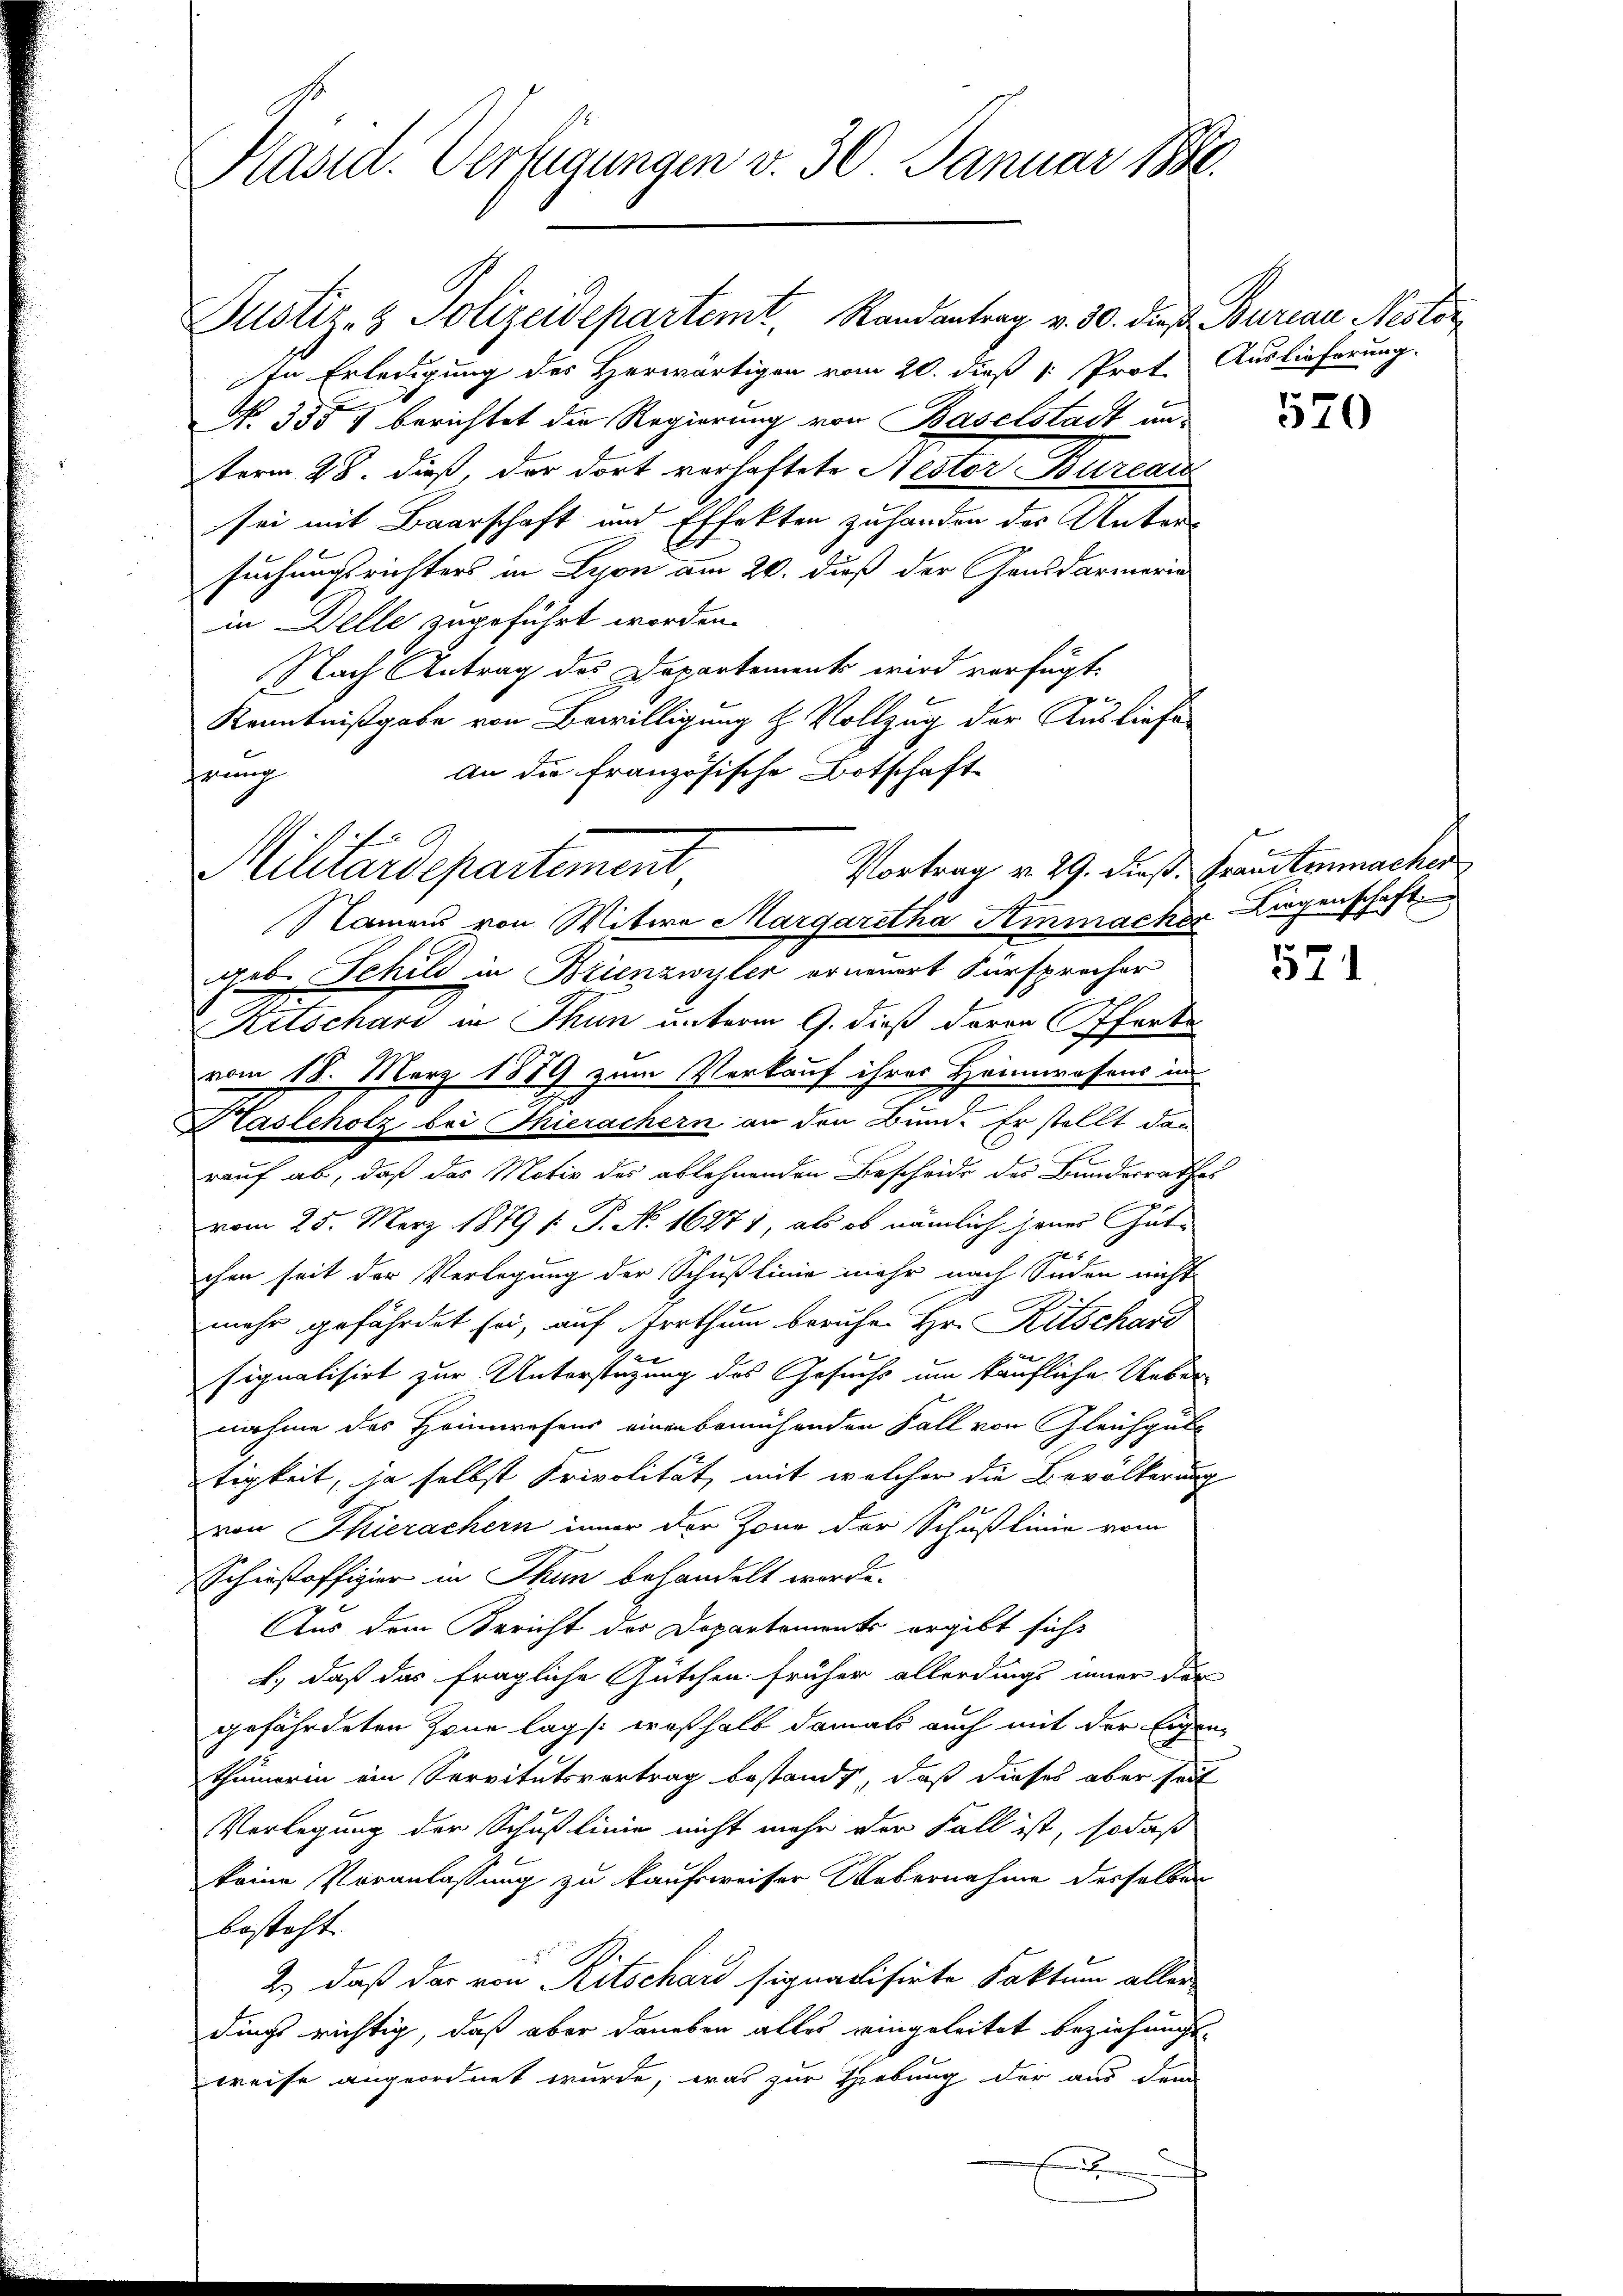
Käsid. Verfügungen v. 30 Januar 1888.

Justiz- & Polizeidepartemt, Randantrag v. 30. dieß. Bureau Nestor
In Erledigung des Herwärtigen vom 20. dieß 1. Prot. Auslieferung.
No. 335 f berichtet die Regierung von Baselstadt un-
term 28. dieß, der dort verhaftete Nestor Bureau
sei mit Baarschaft und Effekten zuhanden des Unters
suchungsrichters in Lyon am 20. daß der Gensdarmerin
in Delle zugeführt worden.
Nach Antrag des Departement wird verfügt:
Kenntnißgabe von Bewilligung H. Vollzug der Ausliefe
an die Französische Botschaft
erung

Vortrag v. 29. dieß. Franstenmacher
Militärdepartement
Namas von Witwe Margaretha Himacher Liegenschaft

geb. Schild in Brienzwyler erneuert Fürsprecher
1
Kitschari in Thun unterm 9. dieß davon Offerke
vom 18. März 1889 zum Verkauf ihrer Heimwesens in
Hasleholz bei Thierachern an den Bund. Er stellt dan
c
u
rauf ab, daß das Motiv des ablehnenden Bescheide des Bunderrathes
vom 25. März 1879 /: P. No 16271, als ob nämlich jenes Gut¬
21 x
chen seit der Verlegung der Schußlinie mehr nach Enden nicht
mehr gefährdet sei, auf Irrthum beruhen Hr. Ritschard
e
signalisirt zur Unterstüzung des Gesuchs um käufliche Ueber-
nahme des Heimwesens einen bemühenden Fall von Gleichgut
tigkeit, ja selbst Privolität, mit welcher die Bevölkerung
von Thierachern inner der Zone der Schußlinie vom
Schinsoffizier in Thun behandelt werde.
Aus dem Bericht der Departements ergibt sich
b.) daß das fragliche Gütchen früher allerdings immer der
gefährdeten Zone lag /: weßhalb damals auch mit der Eigen-
thümerin ein Servitutsvertrag bestandt, daß dieses aber seit
Verlegung der Schußlinie nicht mehr der Fall ist, sodaß
keine Veranlassung zu kaufsweiser Uebernahme desselben
besteht.
2.) daß das von Ritschard signavisirte Faktum aller
dings richtig, daß aber daneben alles eingeleitet beziehung.
weise angeordnet wurde, was zur Hiebung der aus dem

570

571